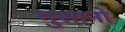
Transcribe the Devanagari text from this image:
गुसानो